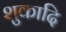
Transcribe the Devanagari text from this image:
शुकादि